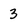
Character: 3